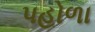
પહોળા